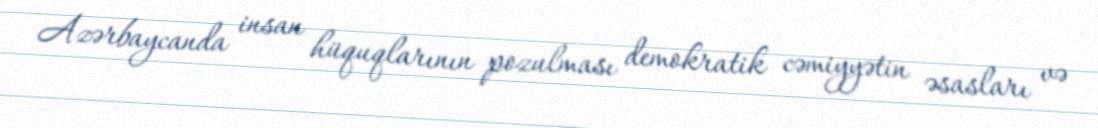
Azərbaycanda insan hüquqlarının pozulması demokratik cəmiyyətin əsasları və